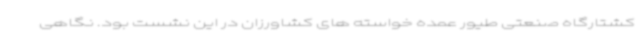
کشتارگاه صنعتی طیور عمده خواسته های کشاورزان در این نشست بود. نگاهی